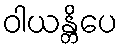
ဝါယန္တိပေ